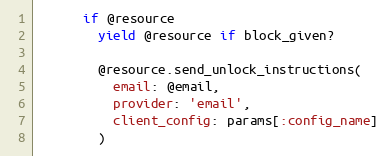
Language: Ruby
      if @resource
        yield @resource if block_given?

        @resource.send_unlock_instructions(
          email: @email,
          provider: 'email',
          client_config: params[:config_name]
        )